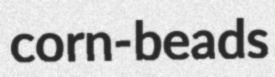
corn-beads